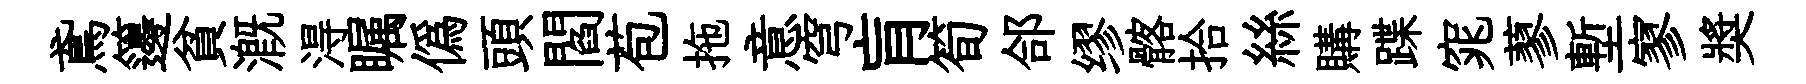
鳶籩貧溉淂瞩偽頭閻苞拖意穹肓筍郃缪髂拾絲購蹀窕蓼塹寥奬